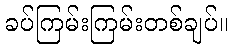
ခပ်ကြမ်းကြမ်းတစ်ချပ်။